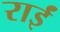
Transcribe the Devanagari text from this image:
राईं